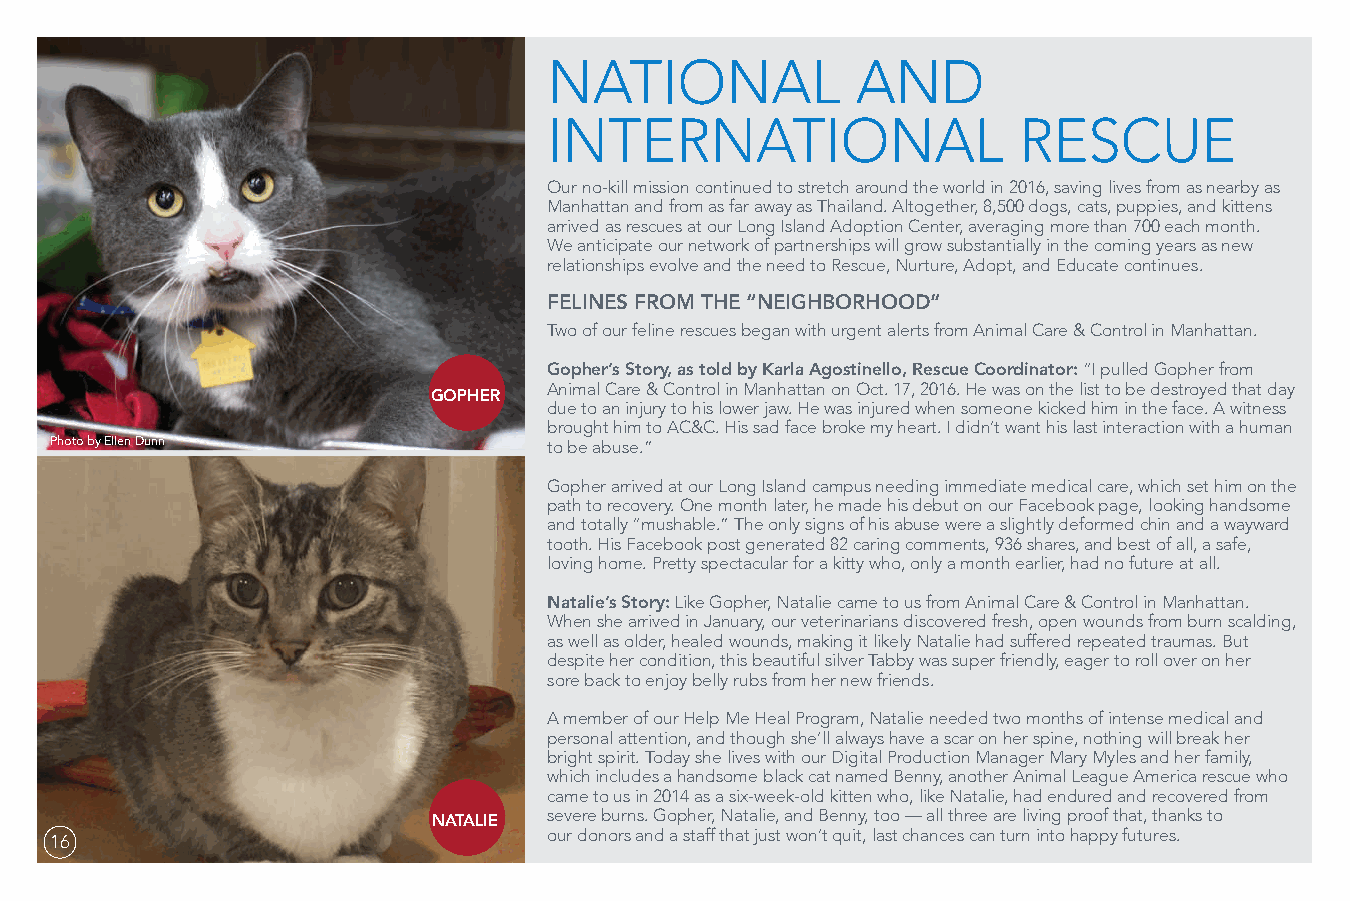
NATIONAL             AND
 INTERNATIONAL                  RESCUE
 Our no-kill mission continued to stretch around the world in 2016, saving lives from as nearby as
 Manhattan and from as far away as Thailand. Altogether, 8,500 dogs, cats, puppies, and kittens
 arrived as rescues at our Long Island Adoption Center, averaging more than 700 each month.
 We anticipate our network of partnerships will grow substantially in the coming years as new
 relationships evolve and the need to Rescue, Nurture, Adopt, and Educate continues.
 FELINES FROM THE “NEIGHBORHOOD”
 Two of our feline rescues began with urgent alerts from Animal Care & Control in Manhattan.
 Gopher’s Story, as told by Karla Agostinello, Rescue Coordinator: “I pulled Gopher from
 Animal Care & Control in Manhattan on Oct. 17, 2016. He was on the list to be destroyed that day
 GOPHER
 due to an injury to his lower jaw. He was injured when someone kicked him in the face. A witness
 brought him to AC&C. His sad face broke my heart. I didn’t want his last interaction with a human
 Photo by Ellen Dunn              to be abuse.”
 Gopher arrived at our Long Island campus needing immediate medical care, which set him on the
 path to recovery. One month later, he made his debut on our Facebook page, looking handsome
 and totally “mushable.” The only signs of his abuse were a slightly deformed chin and a wayward
 tooth. His Facebook post generated 82 caring comments, 936 shares, and best of all, a safe,
 loving home. Pretty spectacular for a kitty who, only a month earlier, had no future at all.
 Natalie’s Story: Like Gopher, Natalie came to us from Animal Care & Control in Manhattan.
 When she arrived in January, our veterinarians discovered fresh, open wounds from burn scalding,
 as well as older, healed wounds, making it likely Natalie had suffered repeated traumas. But
 despite her condition, this beautiful silver Tabby was super friendly, eager to roll over on her
 sore back to enjoy belly rubs from her new friends.
 A member of our Help Me Heal Program, Natalie needed two months of intense medical and
 personal attention, and though she’ll always have a scar on her spine, nothing will break her
 bright spirit. Today she lives with our Digital Production Manager Mary Myles and her family,
 which includes a handsome black cat named Benny, another Animal League America rescue who
 came to us in 2014 as a six-week-old kitten who, like Natalie, had endured and recovered from
 severe burns. Gopher, Natalie, and Benny, too — all three are living proof that, thanks to
 NATALIE
 16                               our donors and a staff that just won’t quit, last chances can turn into happy futures.